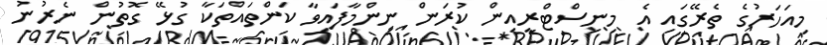
މިއަހަރުގެ ތެރޭގައި އެ މިނިސްޓްރީއިން ކުރަން ނިންމާފައިވާ ކަންތައްތަކާ ގުޅޭ ގޮތުން ނެރުނު